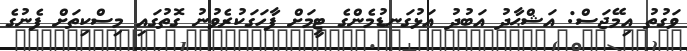
ވަގުތު އިމޭޖަސް: އަޝްޙާދު އަބުދު އަޅުގަނޑުމެންގެ ޓީމަށް ފާހަގަކުރެވުނު ގޮތުގައި މިސްކިތަށް ފެނުގެ